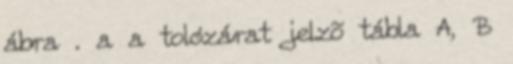
ábra . a a tolózárat jelzõ tábla A, B